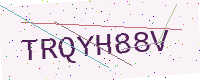
Text: TRQYH88V